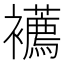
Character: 𧟆